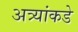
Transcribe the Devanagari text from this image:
अत्र्यांकडे